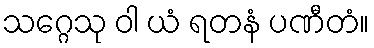
သဂ္ဂေသု ဝါ ယံ ရတနံ ပဏီတံ။